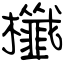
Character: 櫼